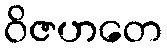
ဝိဇဟတေ